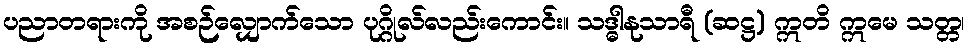
ပညာတရားကို အစဉ်လျှောက်သော ပုဂ္ဂိုလ်လည်းကောင်း။ သဒ္ဓါနုသာရီ (ဆဋ္ဌ) ဣတိ ဣမေ သတ္တ၊